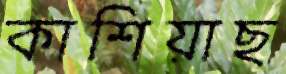
কাশিয়াছ